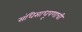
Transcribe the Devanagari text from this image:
संधिसाधूपणाची